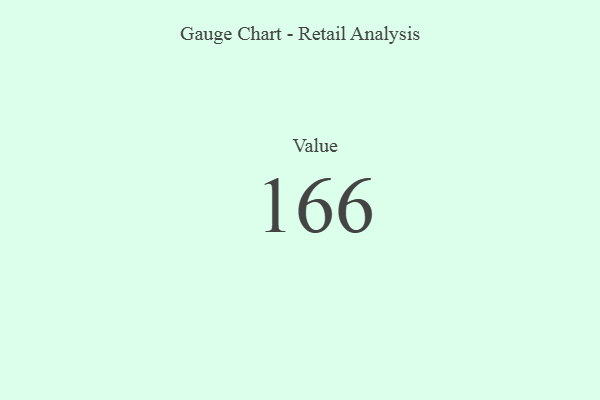
{"axis": {"x": "Metric", "y": "Value"}, "legend": [""], "data": [{"x": "Value", "y": 166, "type": ""}]}